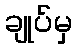
ချုပ်မှ